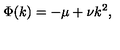
\Phi ( k ) = - \mu + \nu k ^ { 2 } ,